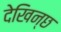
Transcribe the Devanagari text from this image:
देखिन्छ